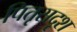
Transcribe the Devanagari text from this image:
पितृसदृश